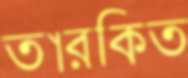
তারকিত